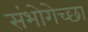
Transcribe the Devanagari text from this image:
संभोगेच्छा